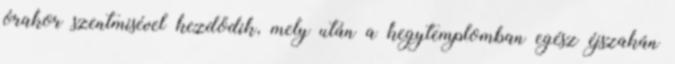
órakor szentmisével kezdődik, mely után a kegytemplomban egész éjszakán